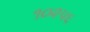
૧૦૨૫૬